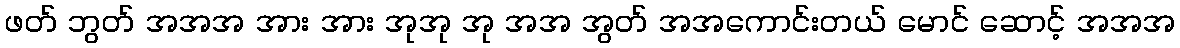
ဖတ် ဘွတ် အအအ အား အား အုအု အု အအ အွတ် အအကောင်းတယ် မောင် ဆောင့် အအအ